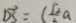
\overrightarrow { D S } = ( \frac { \sqrt { 2 } } { 2 } a